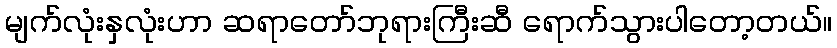
မျက်လုံးနှလုံးဟာ ဆရာတော်ဘုရားကြီးဆီ ရောက်သွားပါတော့တယ်။